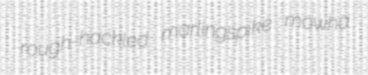
rough-hackled marlingspike mowha